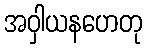
အဝှါယနဟေတု